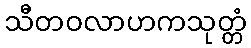
သီတဝလာဟကသုတ္တံ